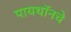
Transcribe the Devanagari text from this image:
पायथॉनचे